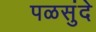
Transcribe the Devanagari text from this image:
पळसुंदे